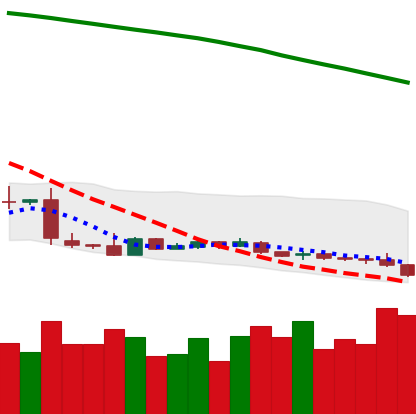
Ticker: XLM-USD
Chart end date: 2019-01-27
Forward return: -13.223%
Label: down_7plus